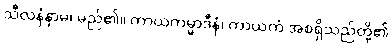
သီလနံနာမ၊ မည်၏။ ကာယကမ္မာဒီနံ၊ ကာယကံ အစရှိသည်တို့၏